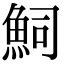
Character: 𮫴